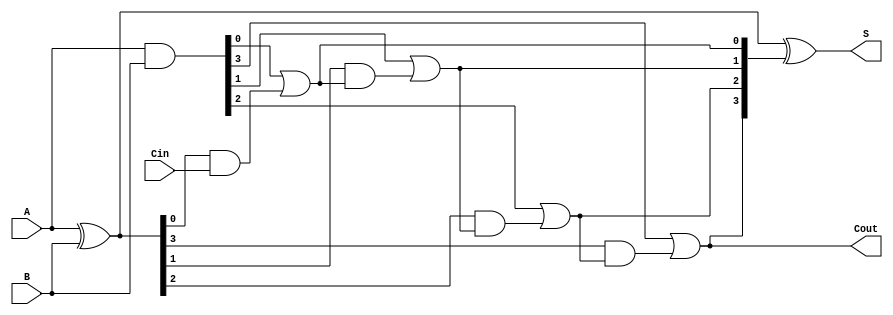
module SklanskyAdder #(parameter n = 4) (
    input [n-1:0] A,
    input [n-1:0] B,
    input Cin,
    output [n-1:0] S,
    output Cout
);

    // Generate (G) and Propagate (P) signals
    wire [n-1:0] G;
    wire [n-1:0] P;
    wire [n:0] C; // Carry signals, C[0] = Cin

    // Generate and Propagate calculations
    assign G = A & B;               // G[i] = A[i] & B[i]
    assign P = A ^ B;               // P[i] = A[i] ^ B[i]
    
    // Initial carry input
    assign C[0] = Cin;

    // Carry generation using the Sklansky method
    genvar i;
    generate
        for (i = 0; i < n; i = i + 1) begin : carry_generation
            if (i == 0) begin
                assign C[1] = G[0] | (P[0] & C[0]); // C[1] = G[0] | (P[0] & Cin)
            end else begin
                assign C[i + 1] = G[i] | (P[i] & C[i]); // C[i + 1] = G[i] | (P[i] & C[i])
            end
        end
    endgenerate

    // Sum calculation
    assign S = P ^ C[n:1]; // S[i] = P[i] ^ C[i+1]

    // Final carry-out
    assign Cout = C[n]; // Cout = C[n]

endmodule